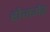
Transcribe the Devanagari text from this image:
रोजमेंट